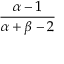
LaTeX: \frac { \alpha - 1 } { \alpha + \beta - 2 }